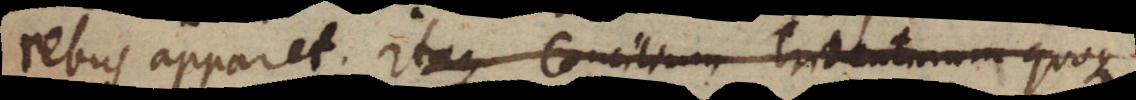
rebus apparet, itaque Concilium Tridentinum quo